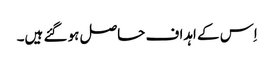
اِس کے اہداف حاصل ہو گئے ہیں۔